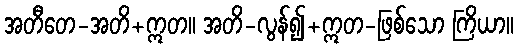
အတီတေ-အတိ+ဣတ။ အတိ-လွန်၍+ဣတ-ဖြစ်သော ကြိယာ။